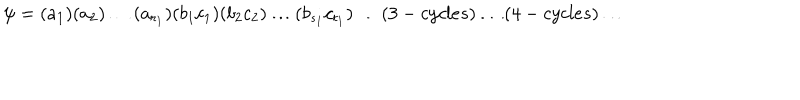
\psi = ( a _ { 1 } ) ( a _ { 2 } ) \dots ( a _ { r _ { 1 } } ) ( b _ { 1 } c _ { 1 } ) ( b _ { 2 } c _ { 2 } ) \dots ( b _ { s _ { 1 } } c _ { t _ { 1 } } ) \dots ( 3 - c y c l e s ) \dots ( 4 - c y c l e s ) \dots